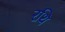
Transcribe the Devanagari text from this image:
रथि